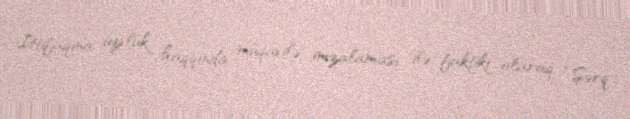
İttifaqına üzvlük haqqında müqavilə imzalaması ilə faktiki olaraq “Şərq